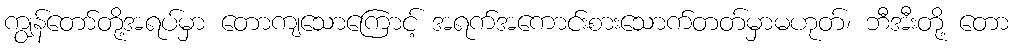
ကျွန်တော်တို့အရပ်မှာ တောကျသောကြောင့် အရက်အကောင်းစားသောက်တတ်မှာမဟုတ်၊ ဘီအီးတို့ တော